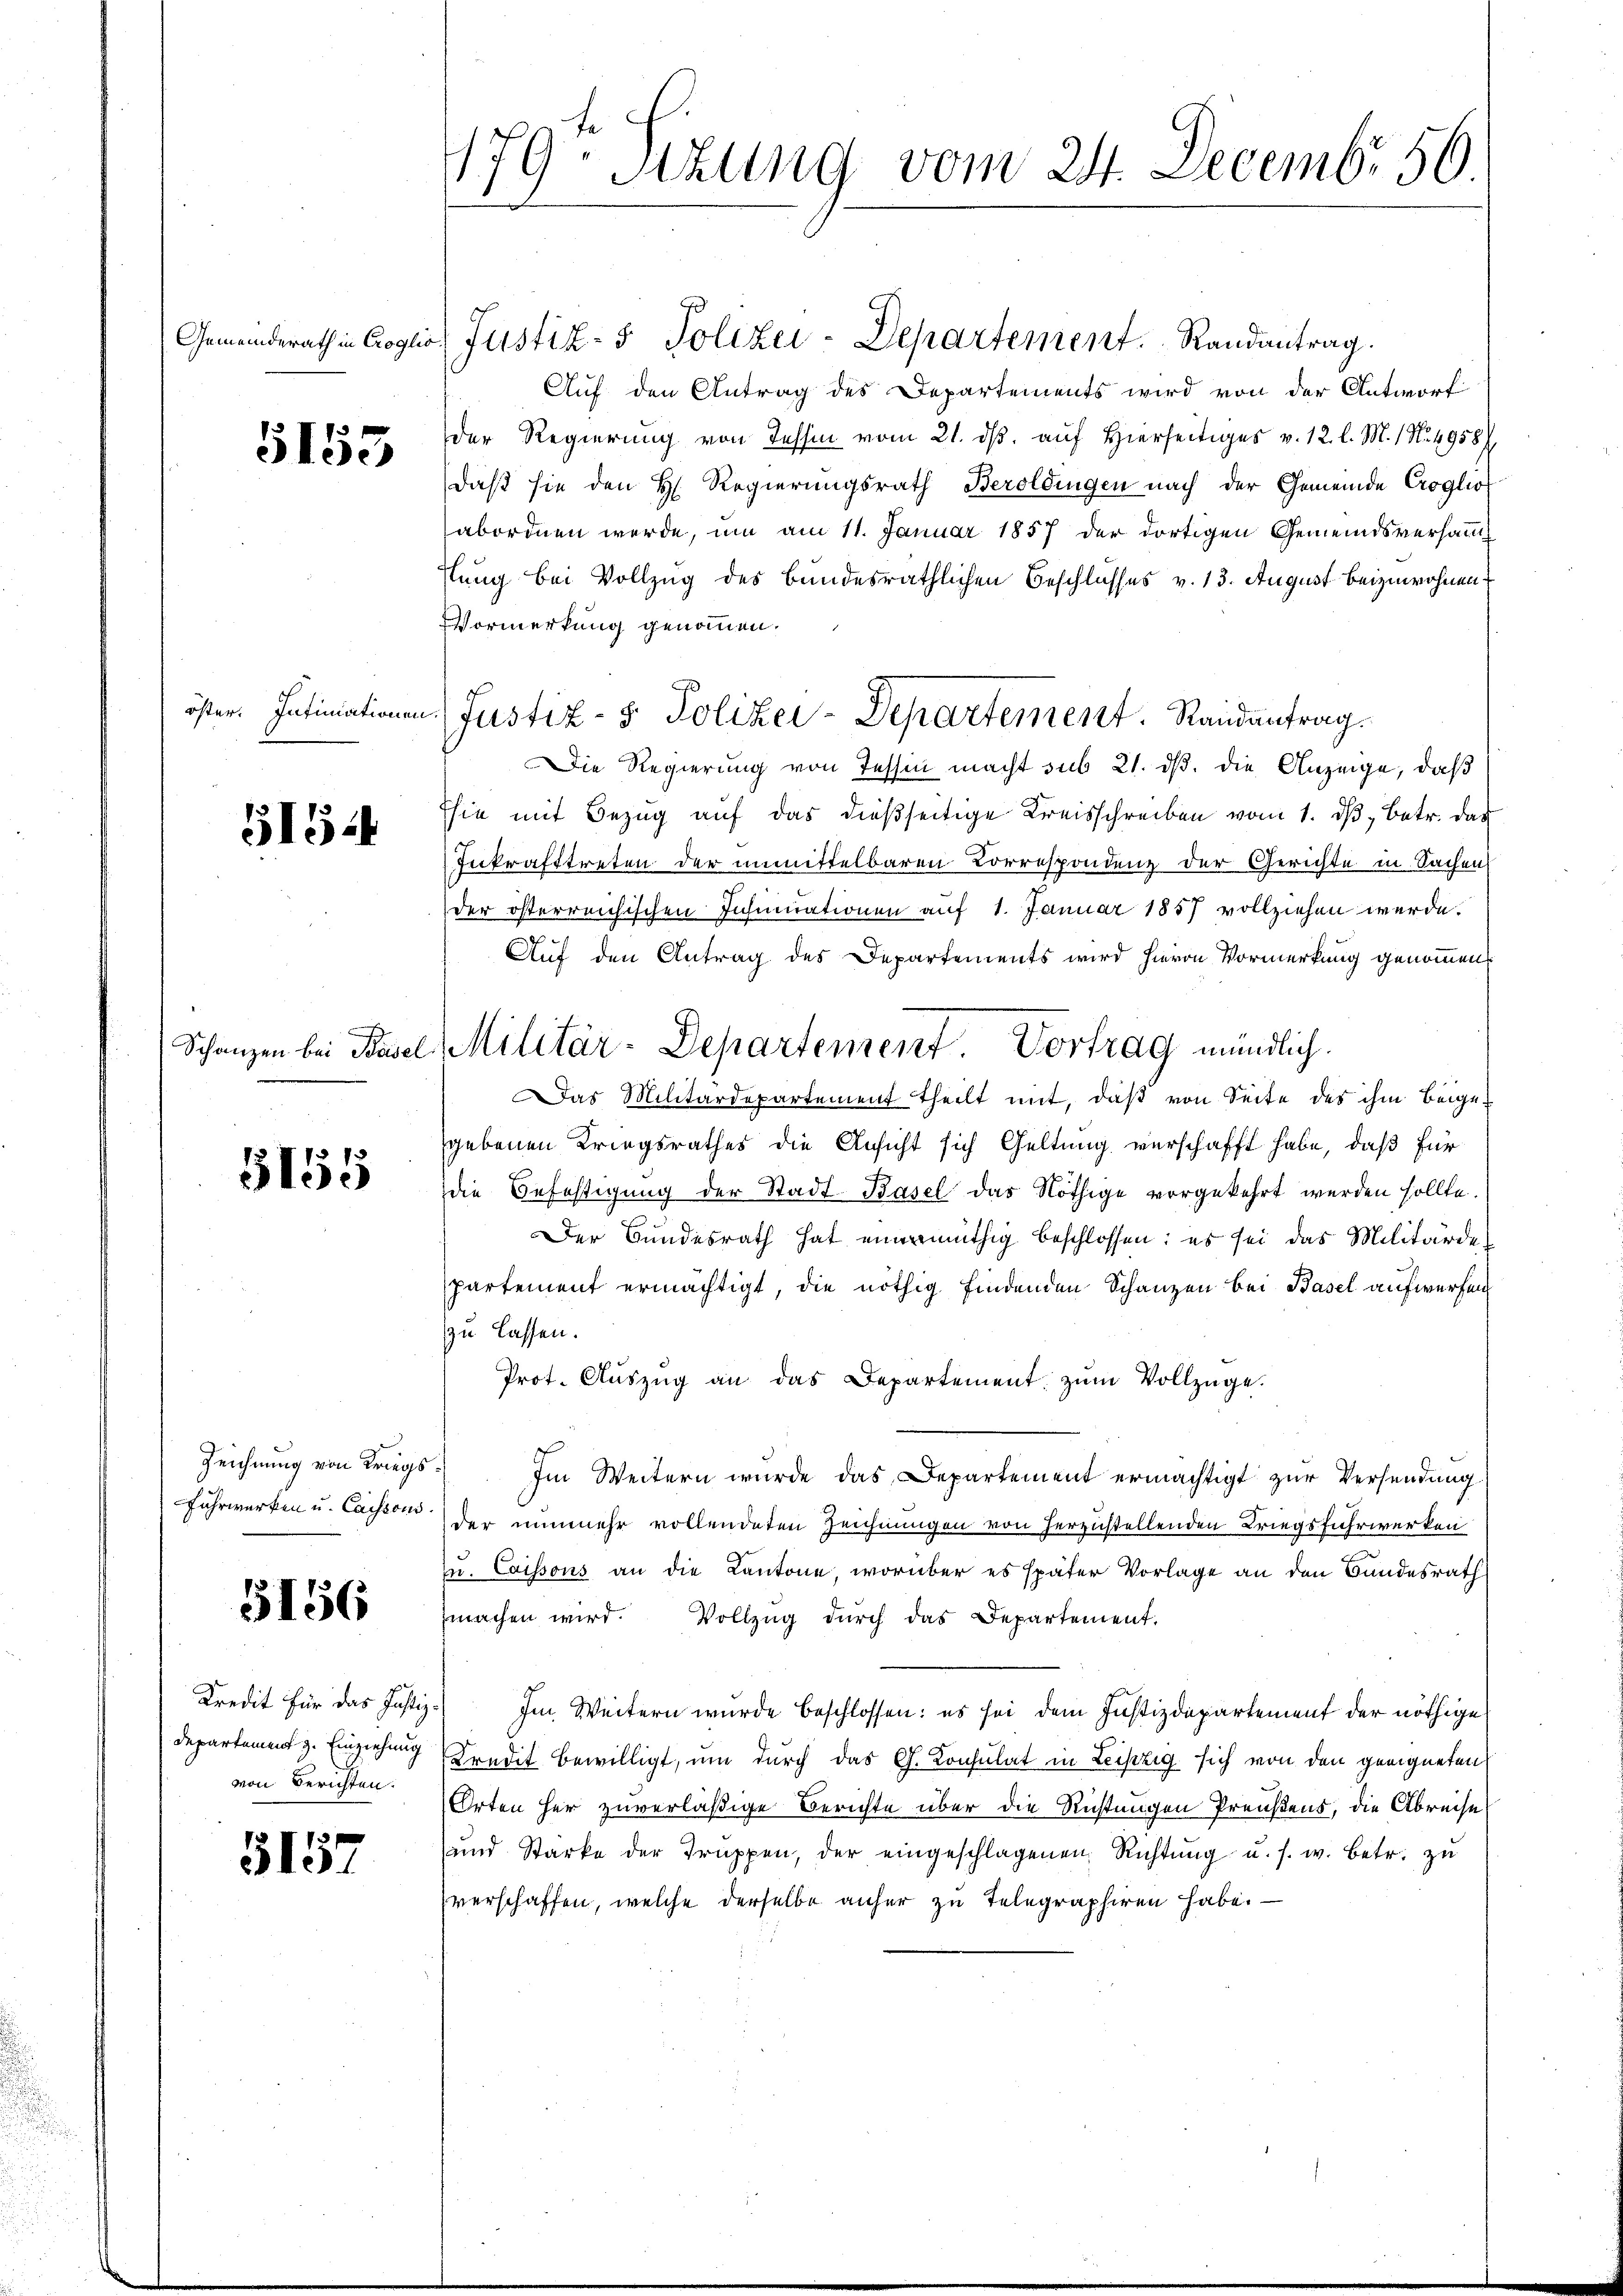
5153

öster. Intimationen

515.

5155

Zeichnung von Kriegs
Fuhrwerken u. Casssous

5156

Kredit für das Justiz-
Departament z. Einziehung
von Berichten.

5157

1797 Sizung vom 24. Decembr 56.
1

Gemeinderath in Croglio Justiz- & Polizei-Departement.   Randantrag.
Auf den Antrag des Departements wird von der Antworf
der Regierung von Tessin vom 21. dβ aŭf Hierseitiges v. 12. l. M. N. 4958/
daß sie den H. Regierungsrath Beroldingen nach der Gemeinde Croglio
abordnen werde, um am 11. Januar 1857 der dortigen Gemeindsverhan
stung bei Vollzug des bundesräthlichen Beschlusses v. 13. August beizuwohnen
Vormerkung genommen.
Die Regierung von Tessin macht sub 21. dß. die Anzeige, daß
Esie mit Bezug auf das dießseitige Kreisschreiben vom 1. dβ betr. das
Inkrafttreten der unmittelbaren Korrespondenz der Gerichte in Sachen
der österreichischen Insinuationen auf 1. Januar 1857 vollziehen werde.
Auf den Antrag des Departements wird hievon Vormerkung genommen
Schanzen bei Basel Militär-Departement. Vortrag mündlich.
Das Militärdepartement theilt mit, daβ von Seite des ihm beigegebenen Kriegsrathes die Ansicht sich Geltung verschafft habe, daß für
die Befestigung der Stadt-Basel das Nöthige vorgekehrt werden sollte.
Der Bundesrath hat eingemüthig beschlossen; es sei das Militärde
partement ermächtigt, die nöthig findenden Schanzen bei Basel aufwerfen
zu lassen.
Prot. Aŭszŭg an das Departement zŭm Vollzüge.
Im Weitern wurde das Departement ermächtigt zur Versendung
der nunmehr vollendeten Zeichnungen von herzustellenden Kriegsfuhrwerken
zu Caissous an die Kantone, worüber es später Vorlage an den Bundesrath
machen wird. Vollzŭg dŭrch das Departement.
Im Weitern wurde beschlossen: es sei dem Justizdepartement der nöthige
Kredit bewilligt, um durch das G. Consulat in Leipzig sich von den geeigneten
Orten her zuverläßige Berichte über die Richtungen Preußens, die Abreise
und Starke der Trŭppen, der eingeschlagenen Richtŭng u. s. w. betr. zŭ
verschaffen, welche derselbe anher zu Telegraphiren habe. —

Justiz- & Polizei-Departement. Randentrag.